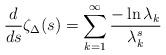
LaTeX: \begin{align*} \frac{d}{ds} \zeta_\Delta(s) = \sum_{k = 1}^\infty \frac{- \ln \lambda_k}{\lambda_k^{s}} \end{align*}